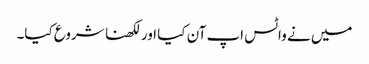
میں نے واٹس اپ آن کیا اور لکھنا شروع کیا۔